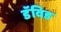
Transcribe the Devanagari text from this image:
डॅविड